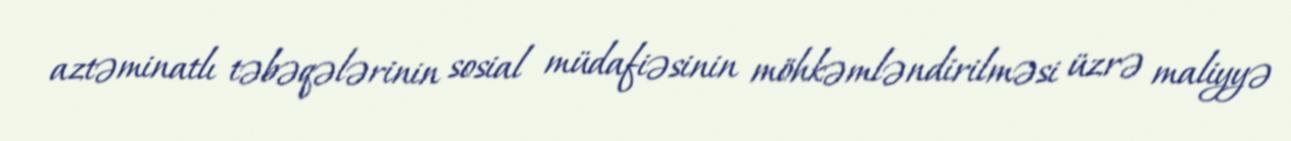
aztəminatlı təbəqələrinin sosial müdafiəsinin möhkəmləndirilməsi üzrə maliyyə